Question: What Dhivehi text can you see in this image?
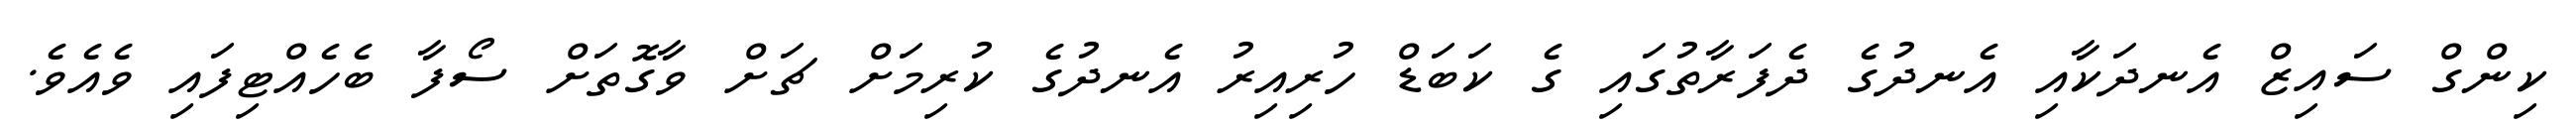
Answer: ކިންގް ސައިޒް އެނދަކާއި އެނދުގެ ދެފަރާތުގައި ގެ ކަބަޑް ހުރިއިރު އެނދުގެ ކުރިމަށް ޗަށް ވާގޮތަށް ސޯފާ ބެހެއްޓިފައި ވެއެވެ.